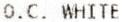
O.C. WHITE